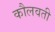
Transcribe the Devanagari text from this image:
कौलवती